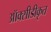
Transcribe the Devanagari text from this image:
ऑक्सीडीकृत